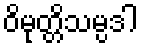
ဝိမုတ္တိသမ္ပဒါ